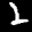
Label: 2